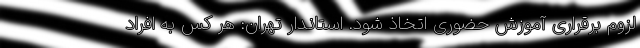
لزوم برقراری آموزش حضوری اتخاذ شود. استاندار تهران: هر کس به افراد